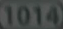
(1014)